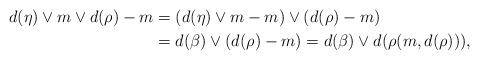
LaTeX: \begin{align*}d(\eta)\vee m\vee d(\rho)-m&=(d(\eta)\vee m-m)\vee (d(\rho)-m)\\&=d(\beta)\vee (d(\rho)-m)=d(\beta)\vee d(\rho(m,d(\rho))),\end{align*}